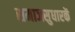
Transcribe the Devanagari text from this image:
समाजसुधारकें